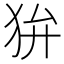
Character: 𤝏